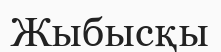
Жыбысқы